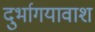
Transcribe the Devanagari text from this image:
दुर्भागयावाश